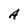
Character: A